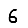
Digit: 6